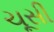
ચૂસી